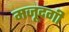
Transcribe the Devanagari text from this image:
मजूदगी